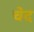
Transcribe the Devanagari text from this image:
चेद